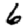
Digit: 6